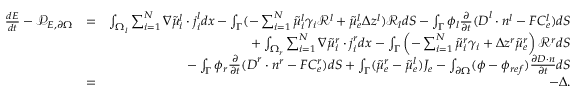
\begin{array} { r l r } { \frac { d E } { d t } - \mathcal { P } _ { E , \partial \Omega } } & { = } & { \int _ { \Omega _ { l } } \sum _ { i = 1 } ^ { N } \nabla \tilde { \mu } _ { i } ^ { l } \cdot \boldsymbol { j } _ { i } ^ { l } d x - \int _ { \Gamma } ( - \sum _ { i = 1 } ^ { N } \tilde { \mu } _ { i } ^ { l } \gamma _ { i } \mathcal { R } ^ { l } + \tilde { \mu } _ { e } ^ { l } \Delta z ^ { l } ) \mathcal { R } _ { l } d S - \int _ { \Gamma } \phi _ { l } \frac { \partial } { \partial t } ( \boldsymbol { D } ^ { l } \cdot \boldsymbol { n } ^ { l } - F C _ { e } ^ { l } ) d S } \\ & { } & { + \int _ { \Omega _ { r } } \sum _ { i = 1 } ^ { N } \nabla \tilde { \mu } _ { i } ^ { r } \cdot \boldsymbol { j } _ { i } ^ { r } d x - \int _ { \Gamma } \left( - \sum _ { i = 1 } ^ { N } \tilde { \mu } _ { i } ^ { r } \gamma _ { i } + \Delta z ^ { r } \tilde { \mu } _ { e } ^ { r } \right) \mathcal { R } ^ { r } d S } \\ & { } & { - \int _ { \Gamma } \phi _ { r } \frac { \partial } { \partial t } ( \boldsymbol { D } ^ { r } \cdot \boldsymbol { n } ^ { r } - F C _ { e } ^ { r } ) d S + \int _ { \Gamma } ( \tilde { \mu } _ { e } ^ { r } - \tilde { \mu } _ { e } ^ { l } ) J _ { e } - \int _ { \partial \Omega } ( \phi - \phi _ { r e f } ) \frac { \partial \boldsymbol { D } \cdot \boldsymbol { n } } { \partial t } d S } \\ & { = } & { - \Delta . } \end{array}